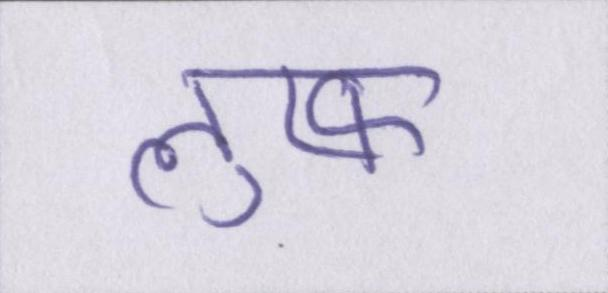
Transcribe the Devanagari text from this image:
लुत्फ